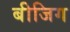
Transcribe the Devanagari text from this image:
बीजिग